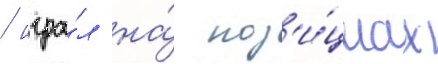
/ игра́л на́ поз'и́циах